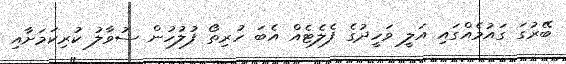
ބޭރުގަ ގައުމެއްގައި އަލީ ވަހީދުގެ ފެލެޓެއް އެބަ ހުރިތޯ ފުލުހުން ސުވާލު ކުރިކަމަށާއި